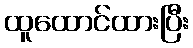
ထူထောင်ထားပြီး